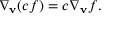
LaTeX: \nabla _ { \mathbf { v } } ( c f ) = c \nabla _ { \mathbf { v } } f .